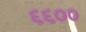
૬૬૦૦